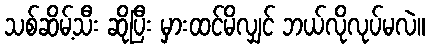
သစ်ဆိမ့်သီး ဆိုပြီး မှားထင်မိလျှင် ဘယ်လိုလုပ်မလဲ။